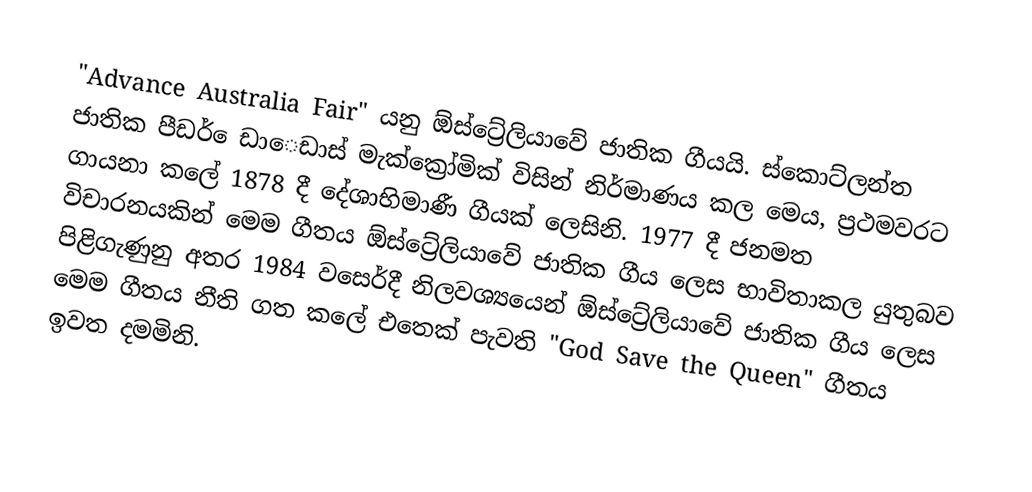
"Advance Australia Fair" යනු ඕස්ට්‍රේලියාවේ ජාතික ගීයයි.  ස්කොට්ලන්ත ජාතික පීඩර් ෙඩාෙඩාස් මැක්ක්‍රෝමික් විසින් නිර්මාණය කල මෙය, ප්‍රථමවරට ගායනා කලේ 1878 දී දේශාභිමාණී ගීයක් ලෙසිනි. 1977 දී ජනමත විචාරනයකින් මෙම ගීතය ඕස්ට්‍රේලියාවේ ජාතික ගීය ලෙස භාවිතාකල යුතුබව පිළිගැණුනු අතර 1984 වසෙර්දී නිලවශ්‍යයෙන් ඕස්ට්‍රේලියාවේ ජාතික ගීය ලෙස මෙම ගීතය නීති ගත කලේ එතෙක් පැවති "God Save the Queen" ගීතය ඉවත දමමිනි.